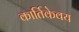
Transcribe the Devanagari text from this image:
कार्तिकेवय